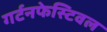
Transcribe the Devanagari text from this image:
गर्टनफेस्टिवल